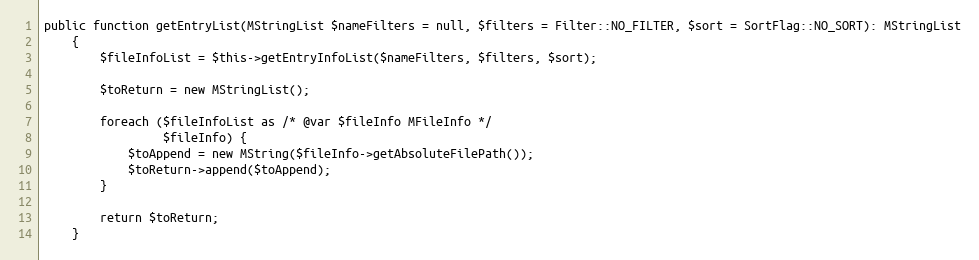
Language: PHP
public function getEntryList(MStringList $nameFilters = null, $filters = Filter::NO_FILTER, $sort = SortFlag::NO_SORT): MStringList
    {
        $fileInfoList = $this->getEntryInfoList($nameFilters, $filters, $sort);

        $toReturn = new MStringList();

        foreach ($fileInfoList as /* @var $fileInfo MFileInfo */
                 $fileInfo) {
            $toAppend = new MString($fileInfo->getAbsoluteFilePath());
            $toReturn->append($toAppend);
        }

        return $toReturn;
    }